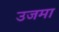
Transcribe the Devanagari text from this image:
उजमा